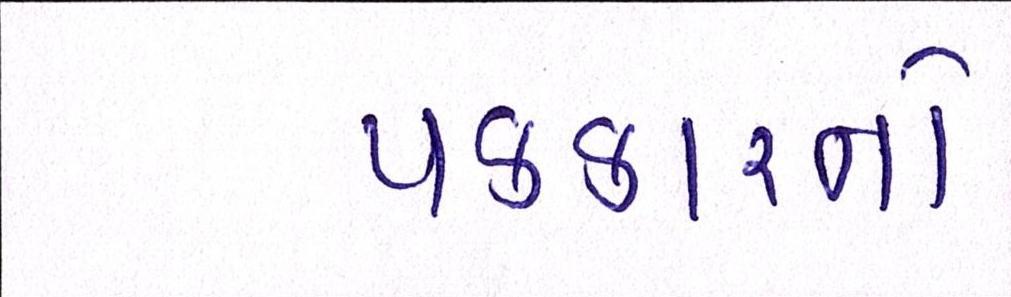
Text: પડકારનો